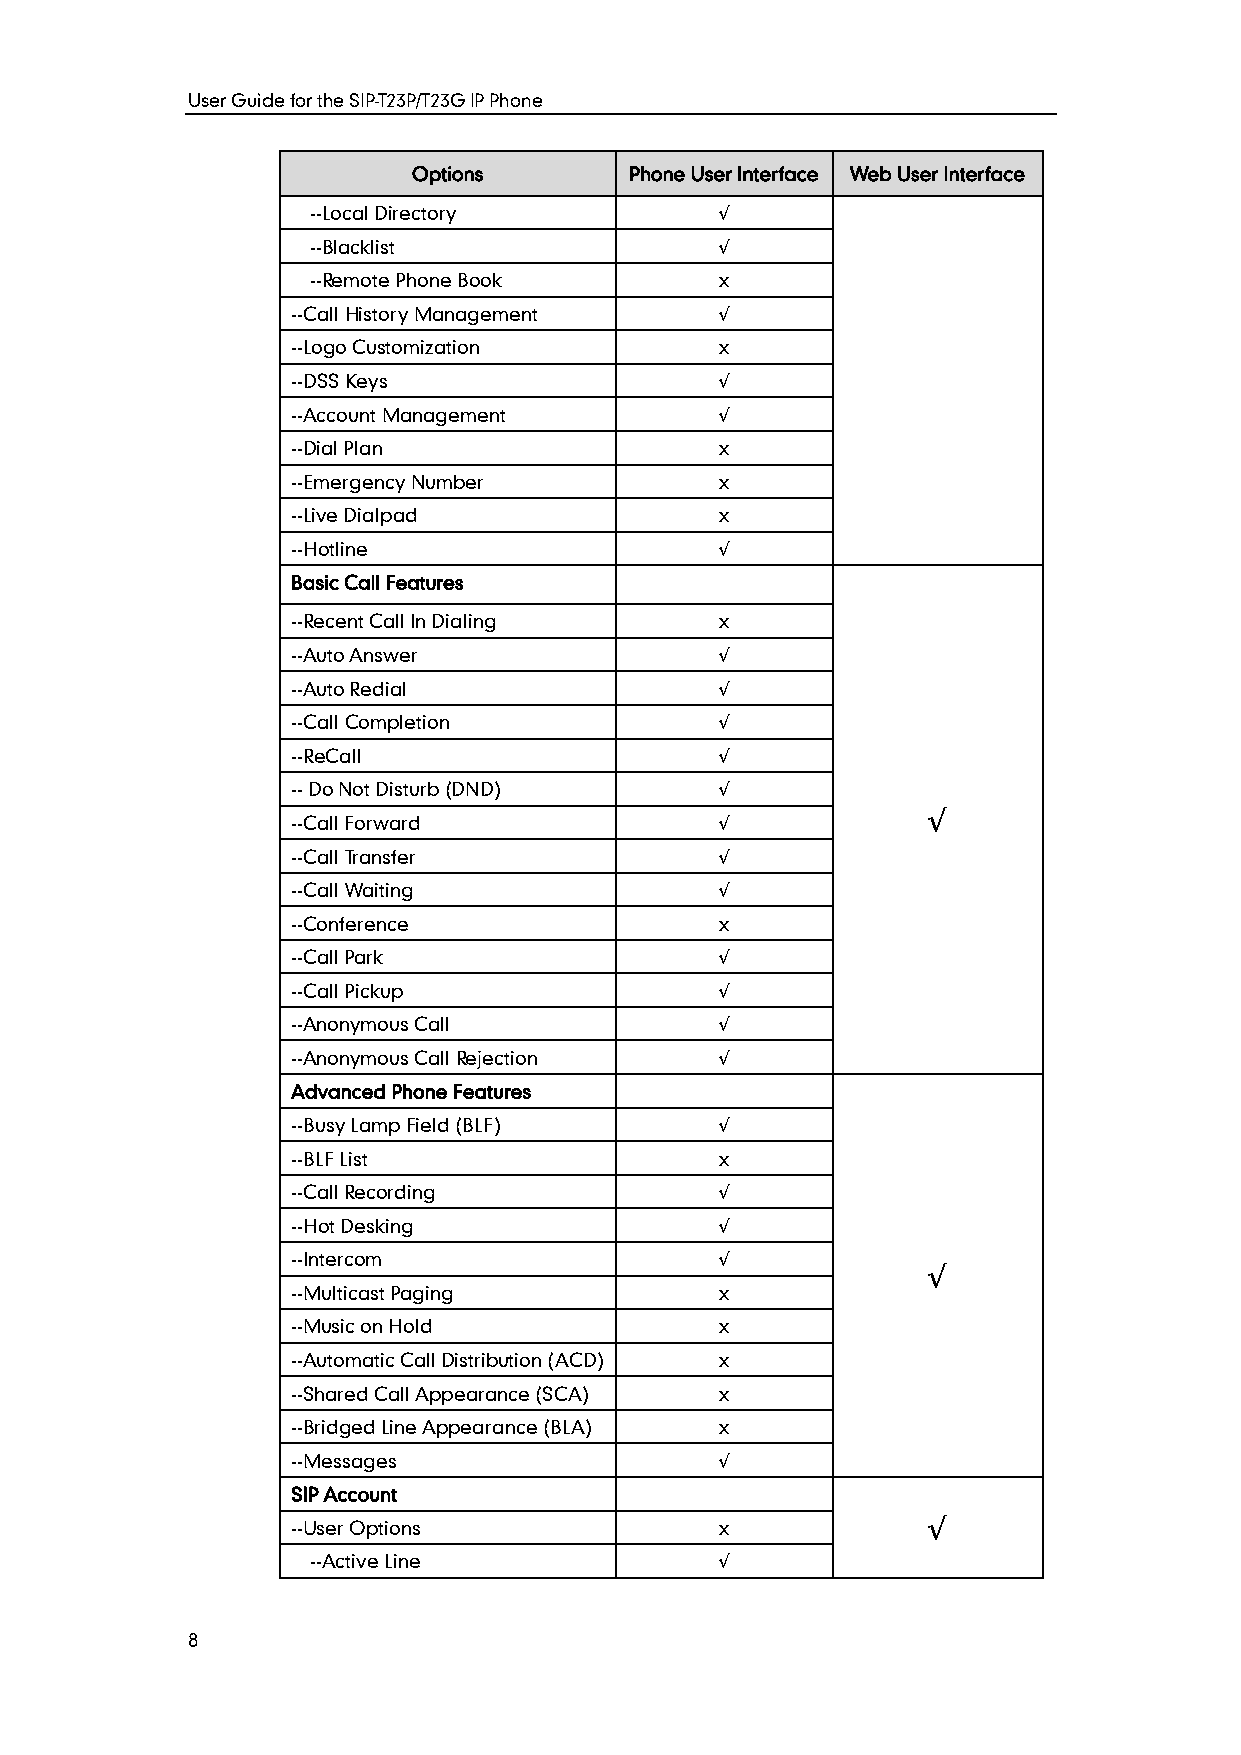
User Guide for the SIP-T23P/T23G IP Phone
 Options        Phone User Interface Web User Interface
 --Local Directory          √
 --Blacklist                √
 --Remote Phone Book        x
 --Call History Management    √
 --Logo Customization         x
 --DSS Keys                   √
 --Account Management         √
 --Dial Plan                  x
 --Emergency Number           x
 --Live Dialpad               x
 --Hotline                    √
 Basic Call Features
 --Recent Call In Dialing     x
 --Auto Answer                √
 --Auto Redial                √
 --Call Completion            √
 --ReCall                     √
 -- Do Not Disturb (DND)      √
 √
 --Call Forward               √
 --Call Transfer              √
 --Call Waiting               √
 --Conference                 x
 --Call Park                  √
 --Call Pickup                √
 --Anonymous Call             √
 --Anonymous Call Rejection   √
 Advanced Phone Features
 --Busy Lamp Field (BLF)      √
 --BLF List                   x
 --Call Recording             √
 --Hot Desking                √
 --Intercom                   √
 √
 --Multicast Paging           x
 --Music on Hold              x
 --Automatic Call Distribution (ACD) x
 --Shared Call Appearance (SCA) x
 --Bridged Line Appearance (BLA) x
 --Messages                   √
 SIP Account
 --User Options               x            √
 --Active Line              √
 8